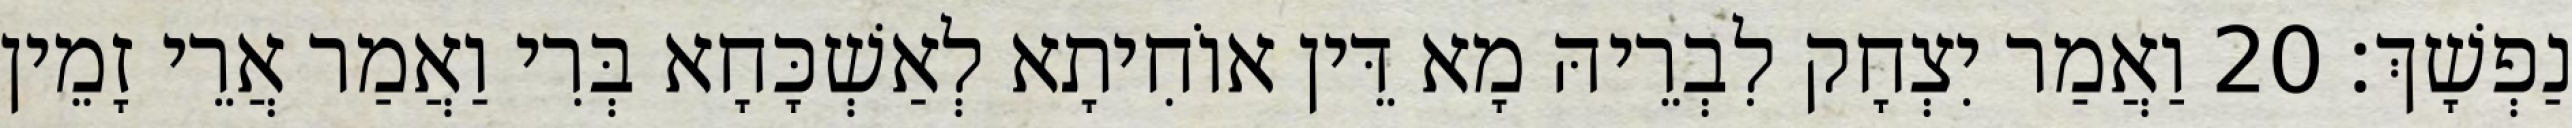
נַפְשָׁךְ׃ 20 וַאֲמַר יִצְחָק לִבְרֵיהּ מָא דֵּין אוֹחִיתָא לְאַשְׁכָּחָא בְּרִי וַאֲמַר אֲרֵי זָמֵין